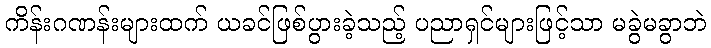
ကိန်းဂဏန်းများထက် ယခင်ဖြစ်ပွားခဲ့သည့် ပညာရှင်များဖြင့်သာ မခွဲမခွာဘဲ